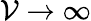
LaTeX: {\cal{V}}\rightarrow\infty